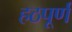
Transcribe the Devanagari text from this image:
हठपूर्ण